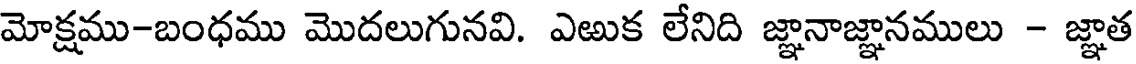
మోక్షము-బంధము మొదలుగునవి. ఎఱుక లేనిది జ్ఞానాజ్ఞానములు - జ్ఞాత